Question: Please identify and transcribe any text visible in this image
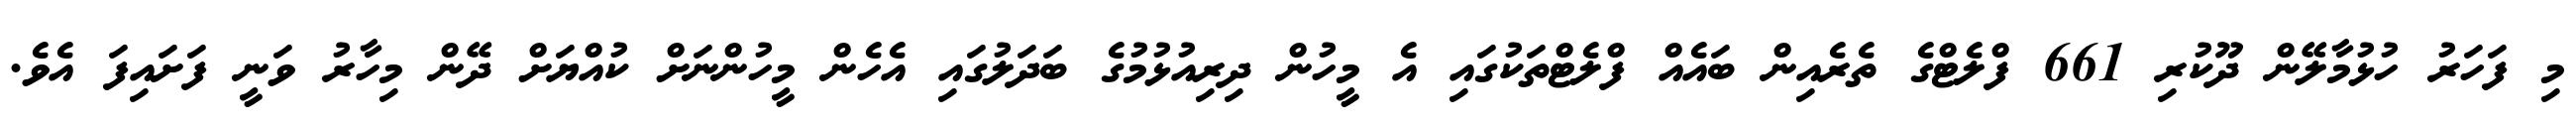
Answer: މި ފަހަރު ހުޅުމާލޭން ދޫކުރި 661 ފްލެޓްގެ ތެރެއިން ބައެއް ފްލެޓްތަކުގައި އެ މީހުން ދިރިއުޅުމުގެ ބަދަލުގައި އެހެން މީހުންނަށް ކުއްޔަށް ދޭން މިހާރު ވަނީ ފަށައިފަ އެވެ.